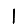
Digit: 1